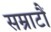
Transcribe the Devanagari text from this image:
सम्राटौं